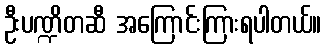
ဦးပဏ္ဍိတဆီ အကြောင်းကြားရပါတယ်။